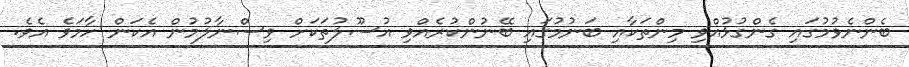
ބެންނެވުމުގައި ގެންގުޅުއްވި މިންތަކާއި ބަނުމުގައި ބޭނުންކުރެއްވި އުސޫލުތަކަށް ވިސްނާލުމުން އެކަން ހާމަވެ އެވެ.